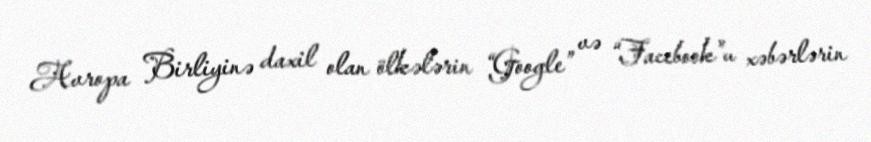
Avropa Birliyinə daxil olan ölkələrin “Google” və “Facebook”u xəbərlərin